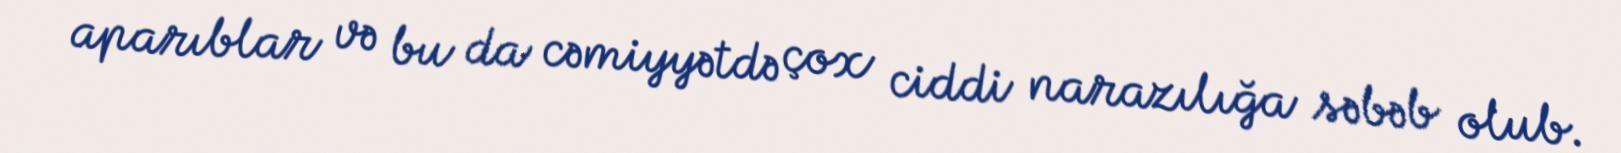
aparıblar və bu da cəmiyyətdə çox ciddi narazılığa səbəb olub.